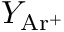
Y _ { \mathrm { A r ^ { + } } }